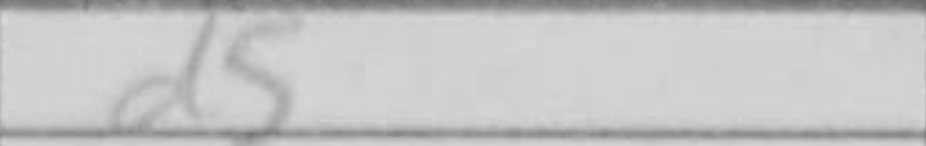
Transcription: d5